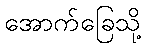
အောက်ခြေသို့